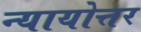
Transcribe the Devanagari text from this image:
न्यायोत्तर